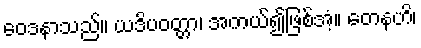
ဝေဒနာသည်။ ယဒိပဝတ္တာ၊ အကယ်၍ဖြစ်အံ့။ တေနဟိ၊